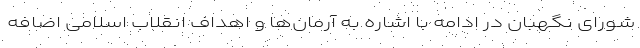
شورای نگهبان در ادامه با اشاره به آرمان‌ها و اهداف انقلاب اسلامی اضافه